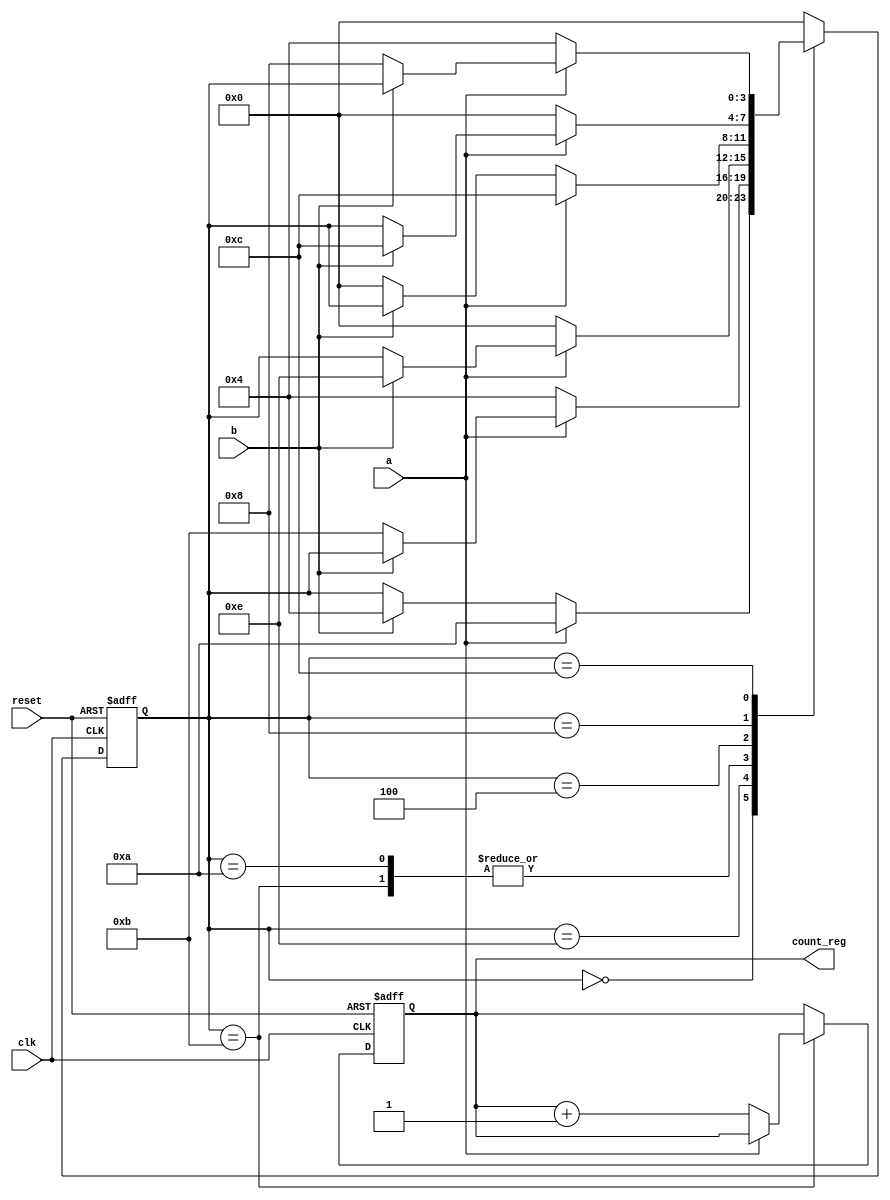
`timescale 1ns / 1ps
//////////////////////////////////////////////////////////////////////////////////
// Company: 
// Engineer: 
// 
// Design Name: 
// Module Name:    fsm 
// Project Name: 
// Target Devices: 
// Tool versions: 
// Description: 
//
// Dependencies: 
//
// Revision: 
// Revision 0.01 - File Created
// Additional Comments: 
//
//////////////////////////////////////////////////////////////////////////////////
module fsm(
	input wire clk, reset,
	input wire a, 
	input wire b,
	output reg [12:0] count_reg
);
// symbolic state declaration
	localparam [3:0]
	e1 = 4'b0000,
	e2 = 4'b1010,
	e3 = 4'b1110,
	e4 = 4'b1011,
	e5 = 4'b0100,
	e6 = 4'b1000,
	e7 = 4'b1100;
	
	// signal declaration
	reg [3:0] state_reg, state_next;
	reg [12:0] count_next;
	// state register
	always @(posedge clk, posedge reset)
		if (reset)
			state_reg <= e1;
		else
			state_reg <= state_next;

	always @(posedge clk, posedge reset)
		if (reset)
			count_reg <= 0;
		else
			count_reg <= count_next;


	//contadorBinarioUniversal cbu (.clk(clk),.reset(reset),.syn_clr(0),.load(0),.en(tick),.up(1),.d(0),.max_tick(max_tick),.q(cantidad_autos),.min_tick(min_tick));
		
	always @* 
	begin 
	state_next = state_reg; // default state: the same 
	count_next = count_reg; // default state: the same 
	case (state_reg) 
		e1: 
			begin
				if (a) 
					state_next = e2;
				else 
					begin 
						if (b)
							state_next = e5; 
					end
			end
		e2: 
			begin
				if (~a) 
					state_next = e1; 
				else
					if (b)
						state_next = e3; 				
			end
		e3: 
			begin
				if (~a) 
					state_next = e5; 
				else
					if (~b)
						state_next = e4; 				
			end
		e4: 
			begin
				if (~a) 
					begin
						state_next = e1; 			// se debe aumentar contador
						count_next = count_reg + 1;
					end
				else
					begin
						if (b)
							state_next = e3; 				
					end
			end
		e5: 
			begin
				if (a) 
					state_next = e7; 
				else
					if (~b)
						state_next = e1; 				
			end
		e6: 
			begin
				if (~a) 
					state_next = e1; 
				else
					if (b)
						state_next = e7; 				
			end
		e7: 
			begin
				if (~a) 
					state_next = e5; 
				else
					if (~b)
						state_next = e6; 				
			end
		default: 
			state_next = e1; 
		endcase 
	end 
endmodule